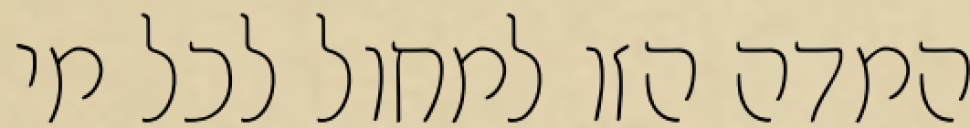
המדה הזו למחול לכל מי